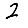
Digit: 2